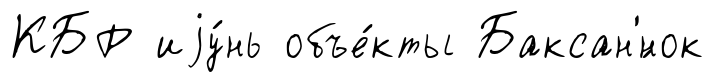
КБР иjу́нь объе́кты Баксан'́нок